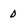
Character: 0